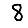
Digit: 8